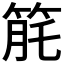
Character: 𥭬